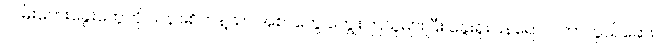
လမ်းဘေးခွေးတွေကို သနားစိတ်နဲ့သာ အစာတွေ ကျွေးကြသူများပြီး ခွေးရူးပြန်ရောဂါ ကာကွယ်ဆေး